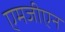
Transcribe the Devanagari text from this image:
एमजीएन